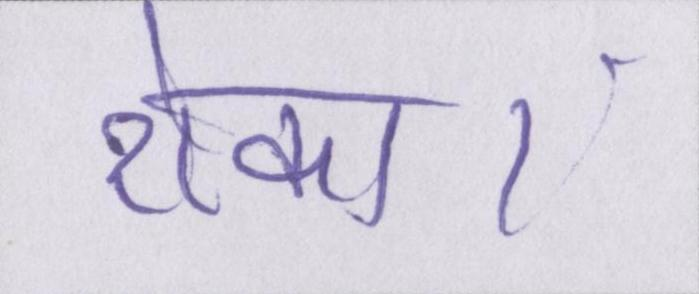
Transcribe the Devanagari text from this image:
रोका।